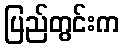
ပြည်တွင်းက